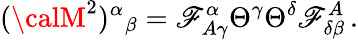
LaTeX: ({\calM}^{2})^{\alpha}{}_{\beta}=\mathscr{F}_{A\gamma}^{\alpha}\Theta^{\gamma}\Theta^{\delta}\mathscr{F}_{\delta\beta}^{A}\, .